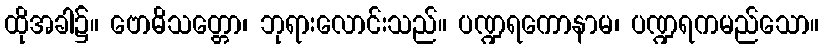
ထိုအခါ၌။ ဗောဓိသတ္တော၊ ဘုရားလောင်းသည်။ ပဏ္ဍရကောနာမ၊ ပဏ္ဍရကမည်သော။